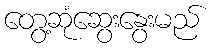
တွေ့ဆုံဆွေးနွေးမည်